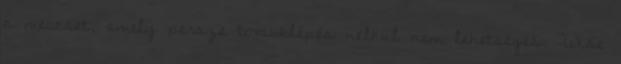
a meccset, amely persze továbblépés nélkül nem lehetséges. Wise